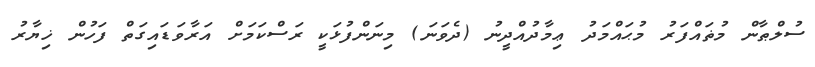
ސުލްޠާން މުޡައްފަރު މުޙައްމަދު ޢިމާދުއްދީނު (ދެވަނަ) މިނަންފުޅަކީ ރަސްކަމަށް އަރާވަޑައިގަތް ފަހުން ޚިޔާރު